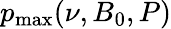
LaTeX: p_{\operatorname*{max}}(\nu,B_{0},P)